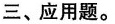
三、应用题。